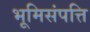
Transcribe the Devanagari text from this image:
भूमिसंपत्ति